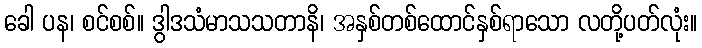
ခေါ ပန၊ စင်စစ်။ ဒွါဒသံမာသသတာနိ၊ အနှစ်တစ်ထောင်နှစ်ရာသော လတို့ပတ်လုံး။